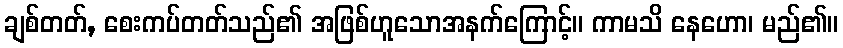
ချစ်တတ်, စေးကပ်တတ်သည်၏ အဖြစ်ဟူသောအနက်ကြောင့်။ ကာမသိ နေဟော၊ မည်၏။